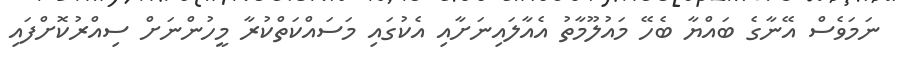
ނަމަވެސް އޭނާގެ ބައްޔާ ބެހޭ މައުލޫމާތު އެއާލައިނަށާއި އެކުގައި މަސައްކަތްކުރާ މީހުންނަށް ސިއްރުކޮށްފައި